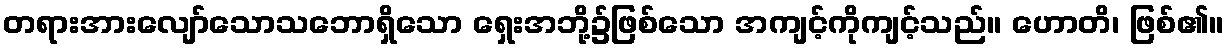
တရားအားလျော်သောသဘောရှိသော ရှေးအဘို့၌ဖြစ်သော အကျင့်ကိုကျင့်သည်။ ဟောတိ၊ ဖြစ်၏။